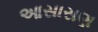
આસાસણ